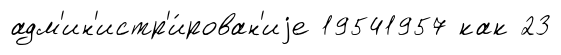
адм'ин'истр'и́рован'иjе 19541957 как 23